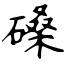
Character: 磉